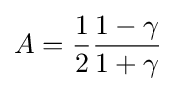
A={\frac {1}{2}}{\frac {1-\gamma }{1+\gamma }}